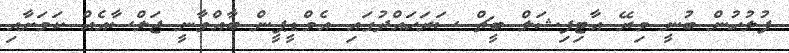
ފުލުހުން ބުނީ މިރޭ އާޓިފިޝަލް ބީޗް ސަރަހައްްދުގައި އެމްޑީޕީން ބާއްވާނީ ޖަލްސާއެއް ކަމަށާއި